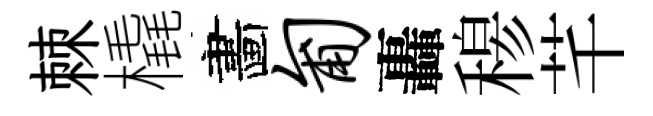
棘橇畵匍轟𥠇芊